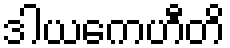
ဒါယကေဟီတိ